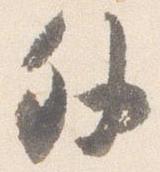
外